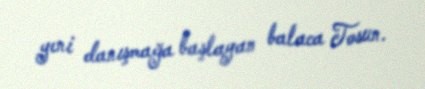
yeni danışmağa başlayan balaca Tosun.